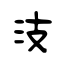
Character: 汥